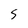
Character: S